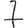
Digit: 7